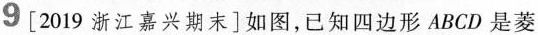
9[2019浙江嘉兴期末]如图，已知四边形ABCD是菱